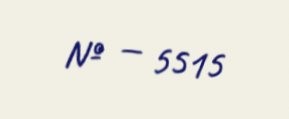
№ — 5515